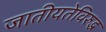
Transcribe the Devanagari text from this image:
जातीयतेविरुद्ध